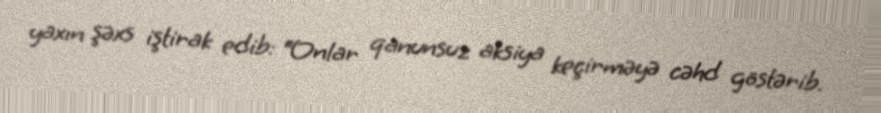
yaxın şəxs iştirak edib: “Onlar qanunsuz aksiya keçirməyə cəhd göstərib.